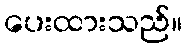
ပေးထားသည်။